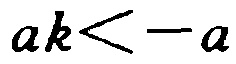
\(ak < -a\)